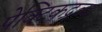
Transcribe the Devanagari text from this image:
पेक्टिकद्रव्य